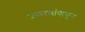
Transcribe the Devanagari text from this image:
प्रकरणांपासून